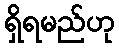
ရှိရမည်ဟု